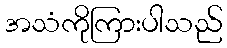
အသံကိုကြားပါသည်